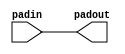
/*
 *  yosys -- Yosys Open SYnthesis Suite
 *
 *  Copyright (C) 2012  Claire Xenia Wolf <claire@yosyshq.com>
 *
 *  Permission to use, copy, modify, and/or distribute this software for any
 *  purpose with or without fee is hereby granted, provided that the above
 *  copyright notice and this permission notice appear in all copies.
 *
 *  THE SOFTWARE IS PROVIDED "AS IS" AND THE AUTHOR DISCLAIMS ALL WARRANTIES
 *  WITH REGARD TO THIS SOFTWARE INCLUDING ALL IMPLIED WARRANTIES OF
 *  MERCHANTABILITY AND FITNESS. IN NO EVENT SHALL THE AUTHOR BE LIABLE FOR
 *  ANY SPECIAL, DIRECT, INDIRECT, OR CONSEQUENTIAL DAMAGES OR ANY DAMAGES
 *  WHATSOEVER RESULTING FROM LOSS OF USE, DATA OR PROFITS, WHETHER IN AN
 *  ACTION OF CONTRACT, NEGLIGENCE OR OTHER TORTIOUS ACTION, ARISING OUT OF
 *  OR IN CONNECTION WITH THE USE OR PERFORMANCE OF THIS SOFTWARE.
 *
 */
// > c60k28 (Viacheslav, VT) [at] yandex [dot] com
// > Achronix eFPGA technology sim models. User must first simulate the generated \
// > netlist before going to test it on board/custom chip.
// > Changelog: 1) Removed unused VCC/GND modules
// >            2) Altera comments here (?). Removed.
// >            3) Reusing LUT sim model, removed wrong wires and parameters.

module PADIN (output padout, input padin);
   assign padout = padin;
endmodule

module PADOUT (output padout, input padin, input oe);
   assign padout  = padin;
   assign oe = oe;
endmodule

module LUT4 (output dout,
             input  din0, din1, din2, din3);

parameter [15:0] lut_function = 16'hFFFF;
reg combout_rt;
wire dataa_w;
wire datab_w;
wire datac_w;
wire datad_w;

assign dataa_w = din0;
assign datab_w = din1;
assign datac_w = din2;
assign datad_w = din3;

function lut_data;
input [15:0] mask;
input        dataa, datab, datac, datad;
reg [7:0]   s3;
reg [3:0]   s2;
reg [1:0]   s1;
  begin
       s3 = datad ? mask[15:8] : mask[7:0];
       s2 = datac ?   s3[7:4]  :   s3[3:0];
       s1 = datab ?   s2[3:2]  :   s2[1:0];
       lut_data = dataa ? s1[1] : s1[0];
  end
endfunction

always @(dataa_w or datab_w or datac_w or datad_w) begin
   combout_rt = lut_data(lut_function, dataa_w, datab_w,
                         datac_w, datad_w);
end
assign dout = combout_rt & 1'b1;
endmodule

module DFF (output reg q,
            input  d, ck);
   always @(posedge ck)
     q <= d;

endmodule